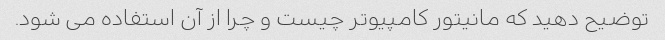
توضیح دهید که مانیتور کامپیوتر چیست و چرا از آن استفاده می شود.